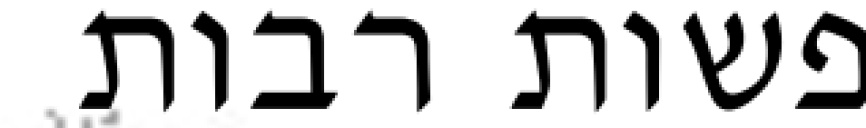
נפשות רבות